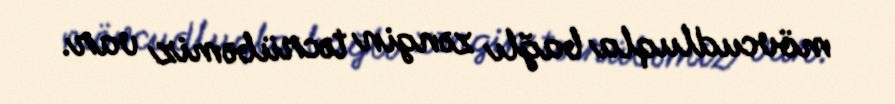
mövcudluqla bağlı zəngin təcrübəmiz var.